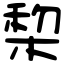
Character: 棃